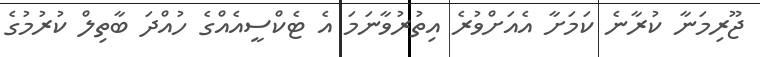
ޖޫރިމަނާ ކުރާނެ ކަމަށާ އެއަށްވުރެ އިތުރުވާނަމަ އެ ޓެކްސީއެއްގެ ހުއްދަ ބާތިލް ކުރުމުގެ